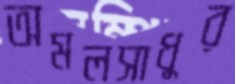
অমলসাধুর